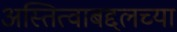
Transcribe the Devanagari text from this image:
अस्तित्वाबद्दलच्या